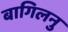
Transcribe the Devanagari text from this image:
बागिलनु